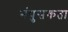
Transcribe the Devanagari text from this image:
नंपुसकता